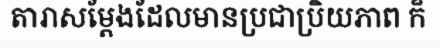
តារាសម្តែងដែលមានប្រជាប្រិយភាព ក៏